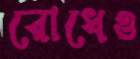
রোধেও